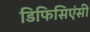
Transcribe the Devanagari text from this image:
डिफिसिएंसी